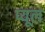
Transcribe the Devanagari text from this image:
प्यूल